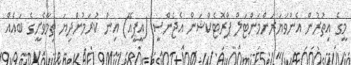
މީގެ އިތުރުން އެންވަޔަރަންމަންޓަލް ޕްރޮޓެކްޝަން އެޖެންސީ (އީޕީއޭ) އިން ކުރަމުންދިޔަ ތިމާވެށީގެ ބައެއް